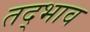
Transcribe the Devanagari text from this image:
तद्भाव